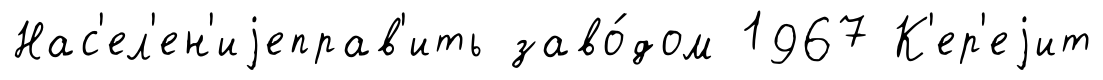
Нас'ел'ен'иjеправ'ить заво́дом 1967 К'ер'еjит